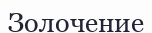
Золочение